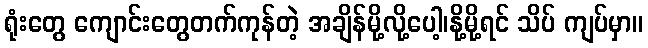
ရုံးတွေ ကျောင်းတွေတက်ကုန်တဲ့ အချိန်မို့လို့ပေါ့၊နို့မို့ရင် သိပ် ကျပ်မှာ။